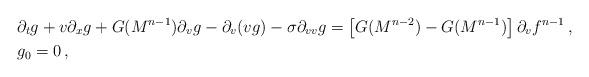
LaTeX: \begin{align*}& \partial_t g + v \partial_x g + G(M^{n-1}) \partial_v g - \partial_v({vg}) - \sigma\partial_{vv}g = \left[ G(M^{n-2})-G(M^{n-1})\right] \partial_v f^{n-1}\,, \\ & g_0 = 0\,, \end{align*}